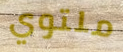
ملتوي